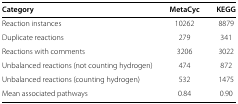
<table><thead><tr><td><b>Category</b></td><td><b>MetaCyc</b></td><td><b>KEGG</b></td></tr></thead><tbody><tr><td>Reaction instances</td><td>10262</td><td>8879</td></tr><tr><td>Duplicate reactions</td><td>279</td><td>341</td></tr><tr><td>Reactions with comments</td><td>3206</td><td>3022</td></tr><tr><td>Unbalanced reactions (not counting hydrogen)</td><td>474</td><td>872</td></tr><tr><td>Unbalanced reactions (counting hydrogen)</td><td>532</td><td>1475</td></tr><tr><td>Mean associated pathways</td><td>0.84</td><td>0.90</td></tr></tbody></table>